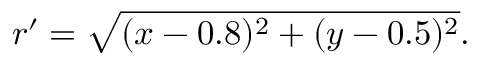
r ^ { \prime } = \sqrt { ( x - 0 . 8 ) ^ { 2 } + ( y - 0 . 5 ) ^ { 2 } } .